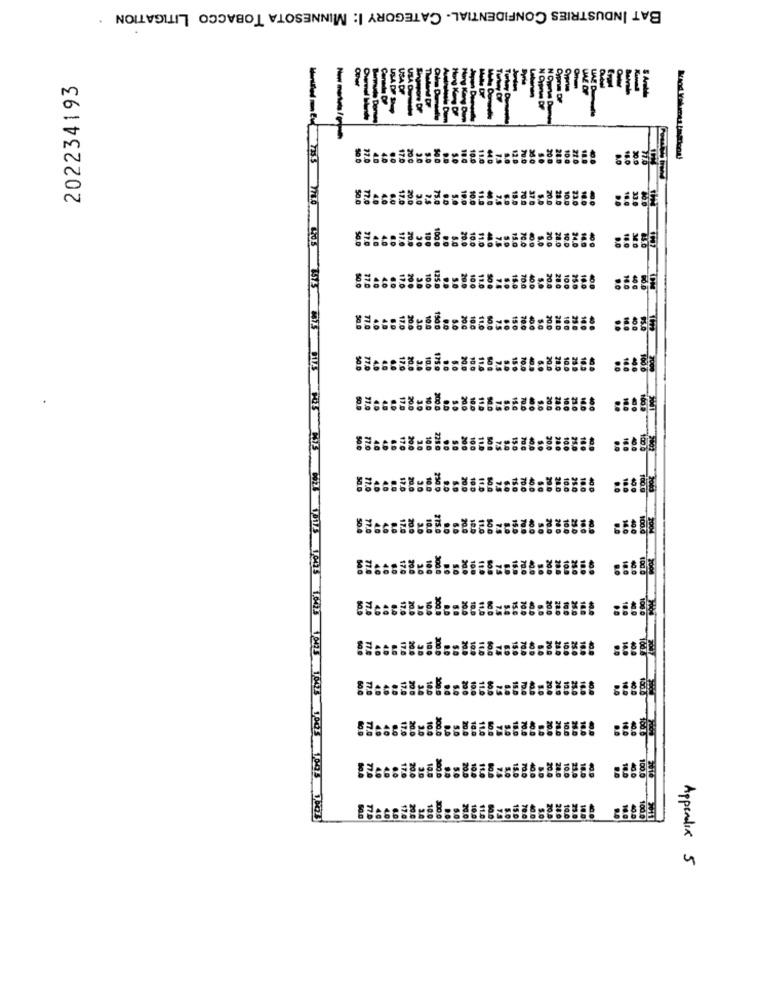
BAT INDUSTRIES CONFIDENTIAL- CATEGORY I: MINNESOTA TOBACCO LITIGATION .
202234193
17.0
20 0
10g
10
20.0
17.0
20.0
3.0
10.0
50
10 c
10.0
175 9
200
221
130
700
300.0
Appendix 5